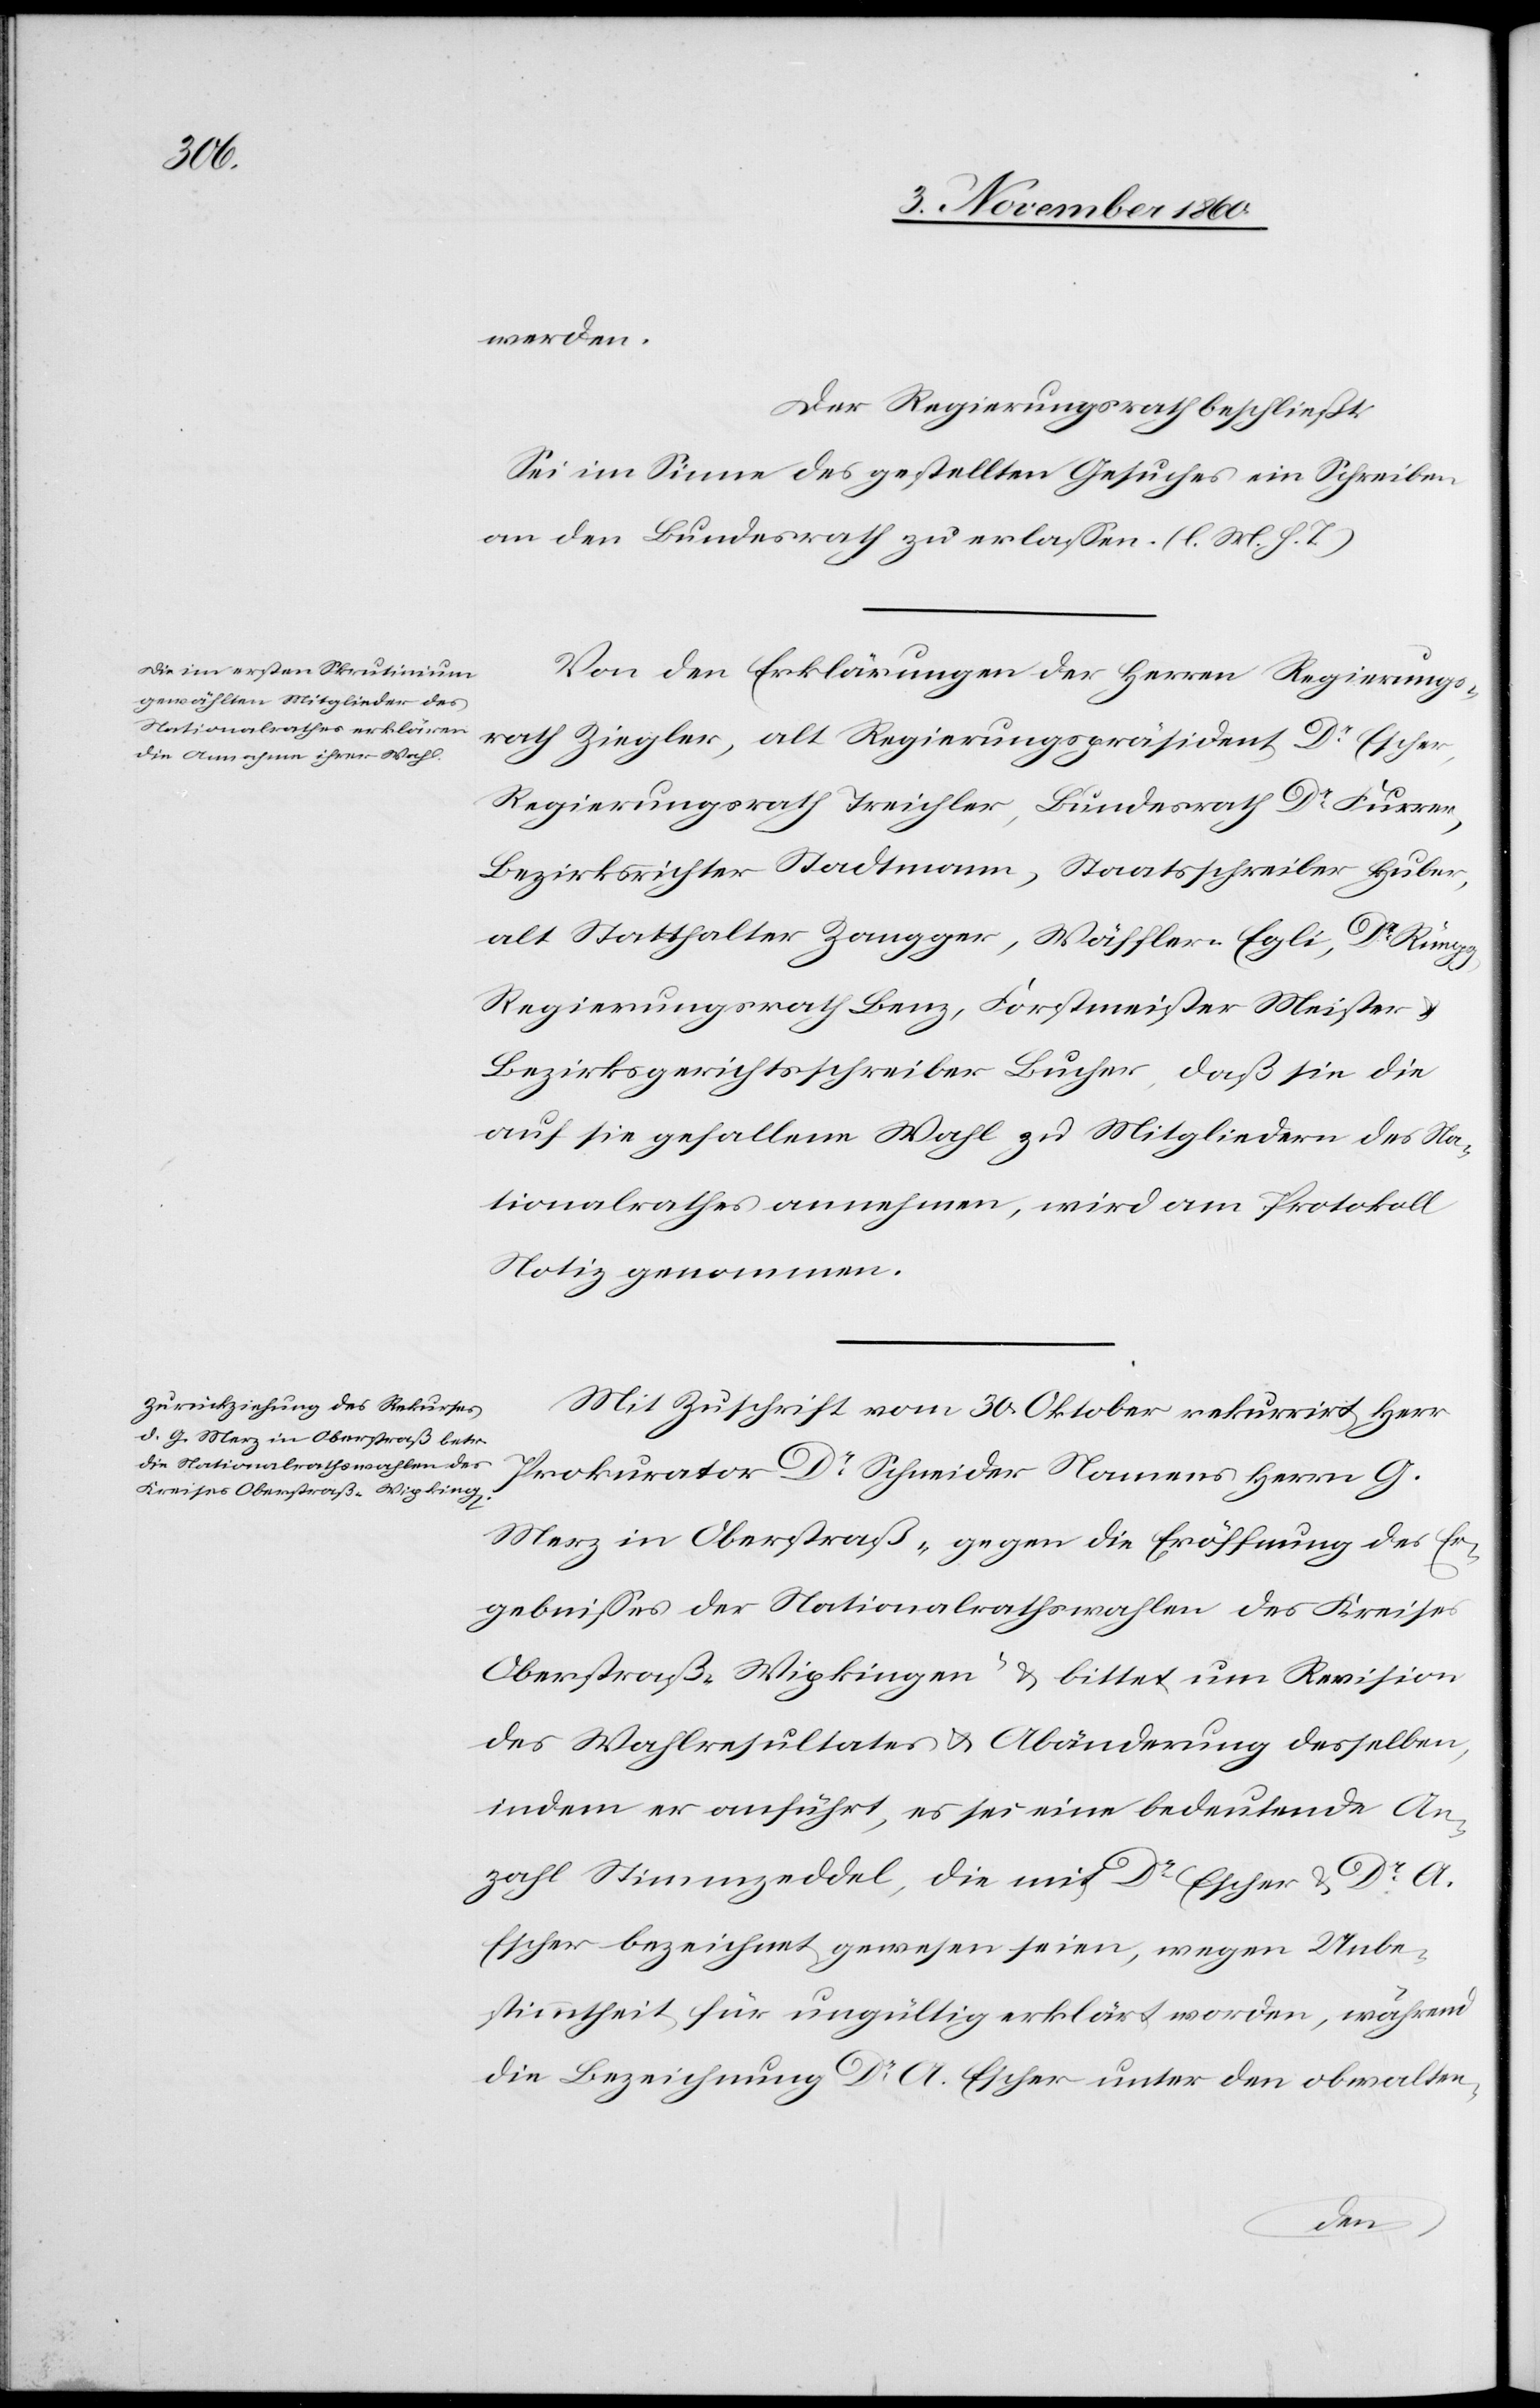
werden.
Der Regierungsrath beschließt:
Sei im Sinne des gestellten Gesuches ein Schreiben
an den Bundesrath zu erlassen. (l. M. h. T.)
Von den Erklärungen der Herren Regierungs¬
rath Ziegler, alt Regierungspräsident Dr Escher,
Regierungsrath Treichler, Bundesrath Dr Furrer,
Bezirksrichter Stadtmann, Staatsschreiber Huber,
alt Statthalter Zangger, Wäfflern Egli, Dr Rüegg,
Regierungsrath Benz, Forstmeister Meister u.
Bezirksgerichtsschreiber Bucher, daß sie die
auf sie gefallene Wahl zu Mitgliedern des Na¬
tionalrathes annehmen, wird am Protokoll
Notiz genommen.
Mit Zuschrift vom 30. Oktober rekurrirt Herr
Prokurator Dr Schneider Namens Herrn G.
Merz in Oberstraß „gegen die Eröffnung des Er¬
gebnisses der Nationalrathswahlen des Kreises
Oberstraß-Wipkingen“ u. bittet um Revision
des Wahlresultates u. Abänderung desselben,
indem er anführt, es sei eine bedeutende An¬
zahl Stimmzeddel, die mit Dr Escher u. Dr A.
Escher bezeichnet gewesen seien, wegen Unbe¬
stimmtheit für ungültig erklärt worden, während
die Bezeichnung Dr A. Escher unter den obwalten-